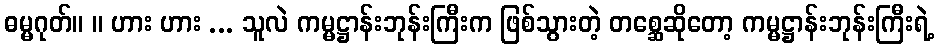
ဓမ္မဂုတ်။ ။ ဟား ဟား ... သူလဲ ကမ္မဋ္ဌာန်းဘုန်းကြီးက ဖြစ်သွားတဲ့ တစ္ဆေဆိုတော့ ကမ္မဋ္ဌာန်းဘုန်းကြီးရဲ့